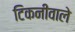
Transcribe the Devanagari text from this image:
टिकनीवाले